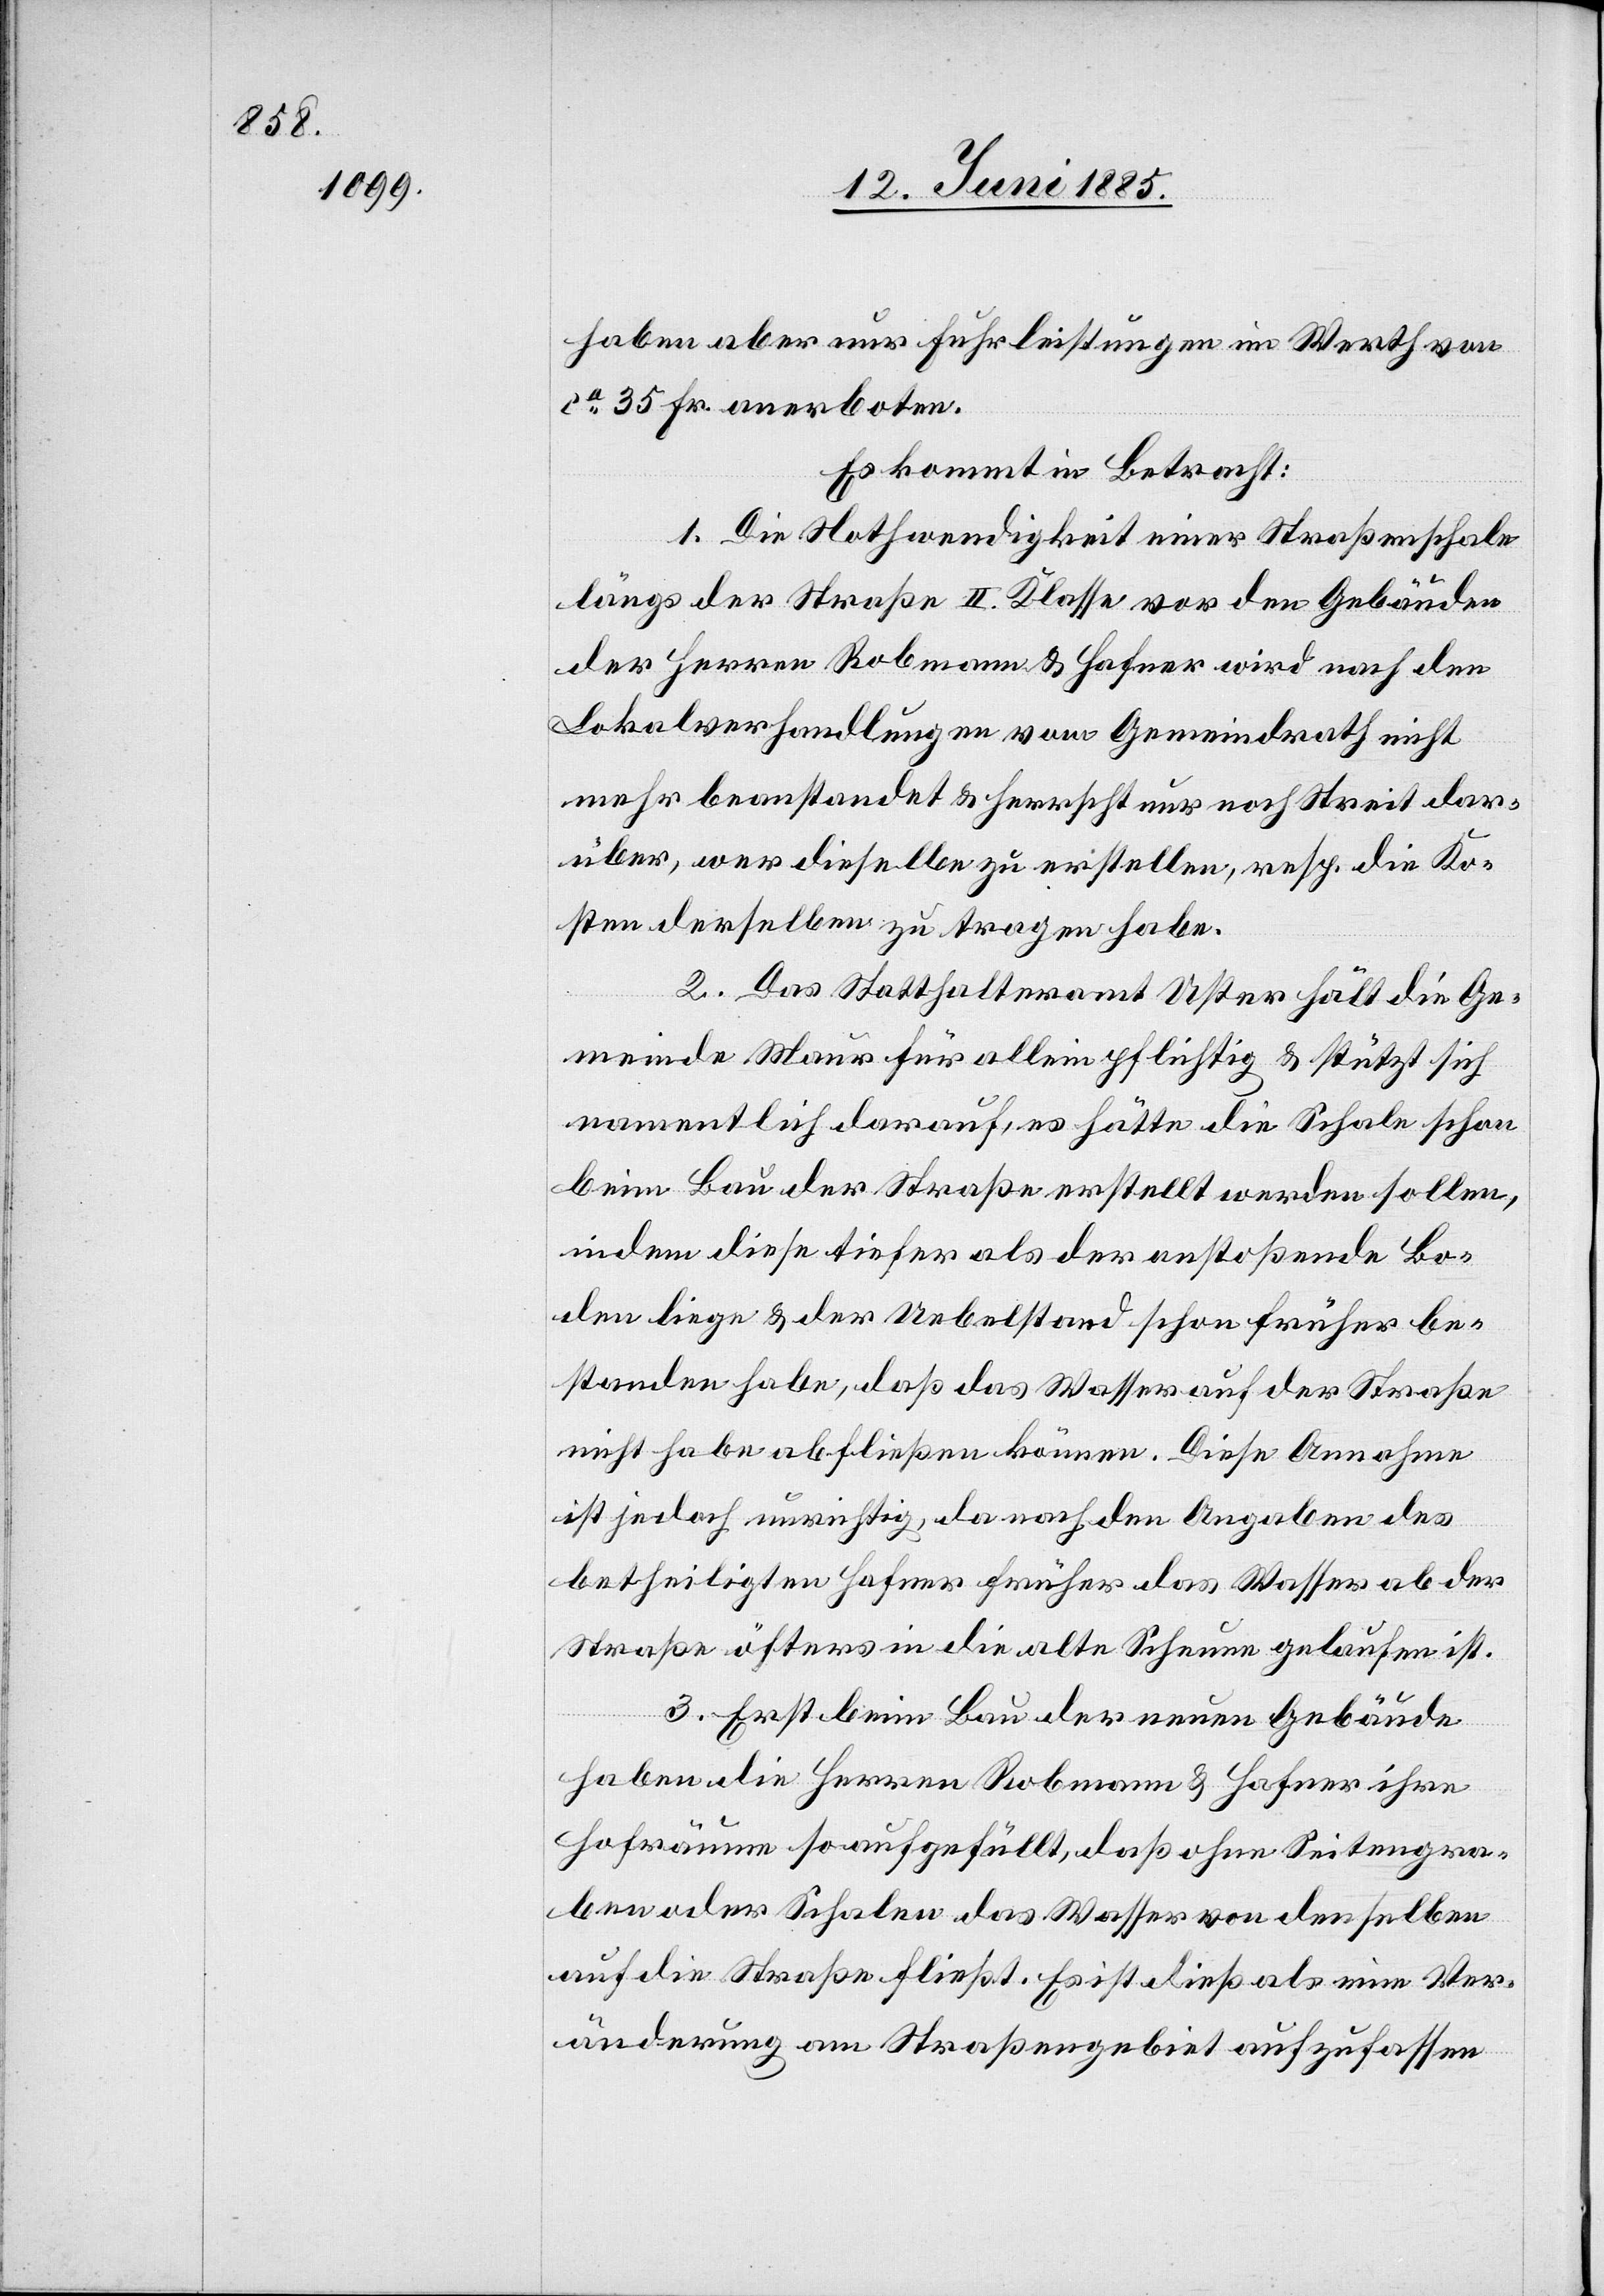
haben aber nur Fuhrleistungen im Werth von
ca 35 Fr. anerboten.
Es kommt in Betracht:
1. Die Nothwendigkeit einer Straßenschale
längs der Straße II. Klasse vor den Gebäuden
der Herren Robmann & Hafner wird nach den
Lokalverhandlungen vom Gemeindrath nicht
mehr beanstandet & herrscht nur noch Streit dar¬
über, wer dieselbe zu erstellen, resp. die Ko¬
sten derselben zu tragen habe.
2. Das Statthalteramt Uster hält die Ge¬
meinde Maur für allein pflichtig & stützt sich
namentlich darauf, es hätte die Schale schon
beim Bau der Straße erstellt werden sollen,
indem diese tiefer als der anstoßende Bo¬
den liege & der Uebelstand schon früher be¬
standen habe, daß das Wasser auf der Straße
nicht habe abfließen können. Diese Annahme
ist jedoch unrichtig, da nach den Angaben des
betheiligten Hafner früher das Wasser ab der
Straße öfters in die alte Scheune gelaufen ist.
3. Erst beim Bau der neuen Gebäude
haben die Herren Robmann & Hafner ihre
Hofräume so aufgefüllt, daß ohne Seitengra¬
ben oder Schalen das Wasser von denselben
auf die Straße fließt. Es ist dieß als eine Ver¬
änderung am Straßengebiet aufzufassen